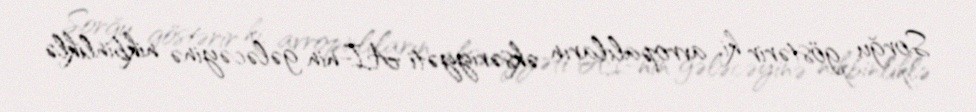
Sorğu göstərir ki, avropalıların əksəriyyəti Aİ-nin gələcəyinə nikbinliklə